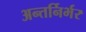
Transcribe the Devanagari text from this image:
अन्तर्निर्भर